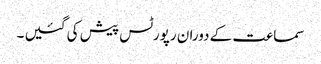
سماعت کے دوران رپورٹس پیش کی گئیں ۔